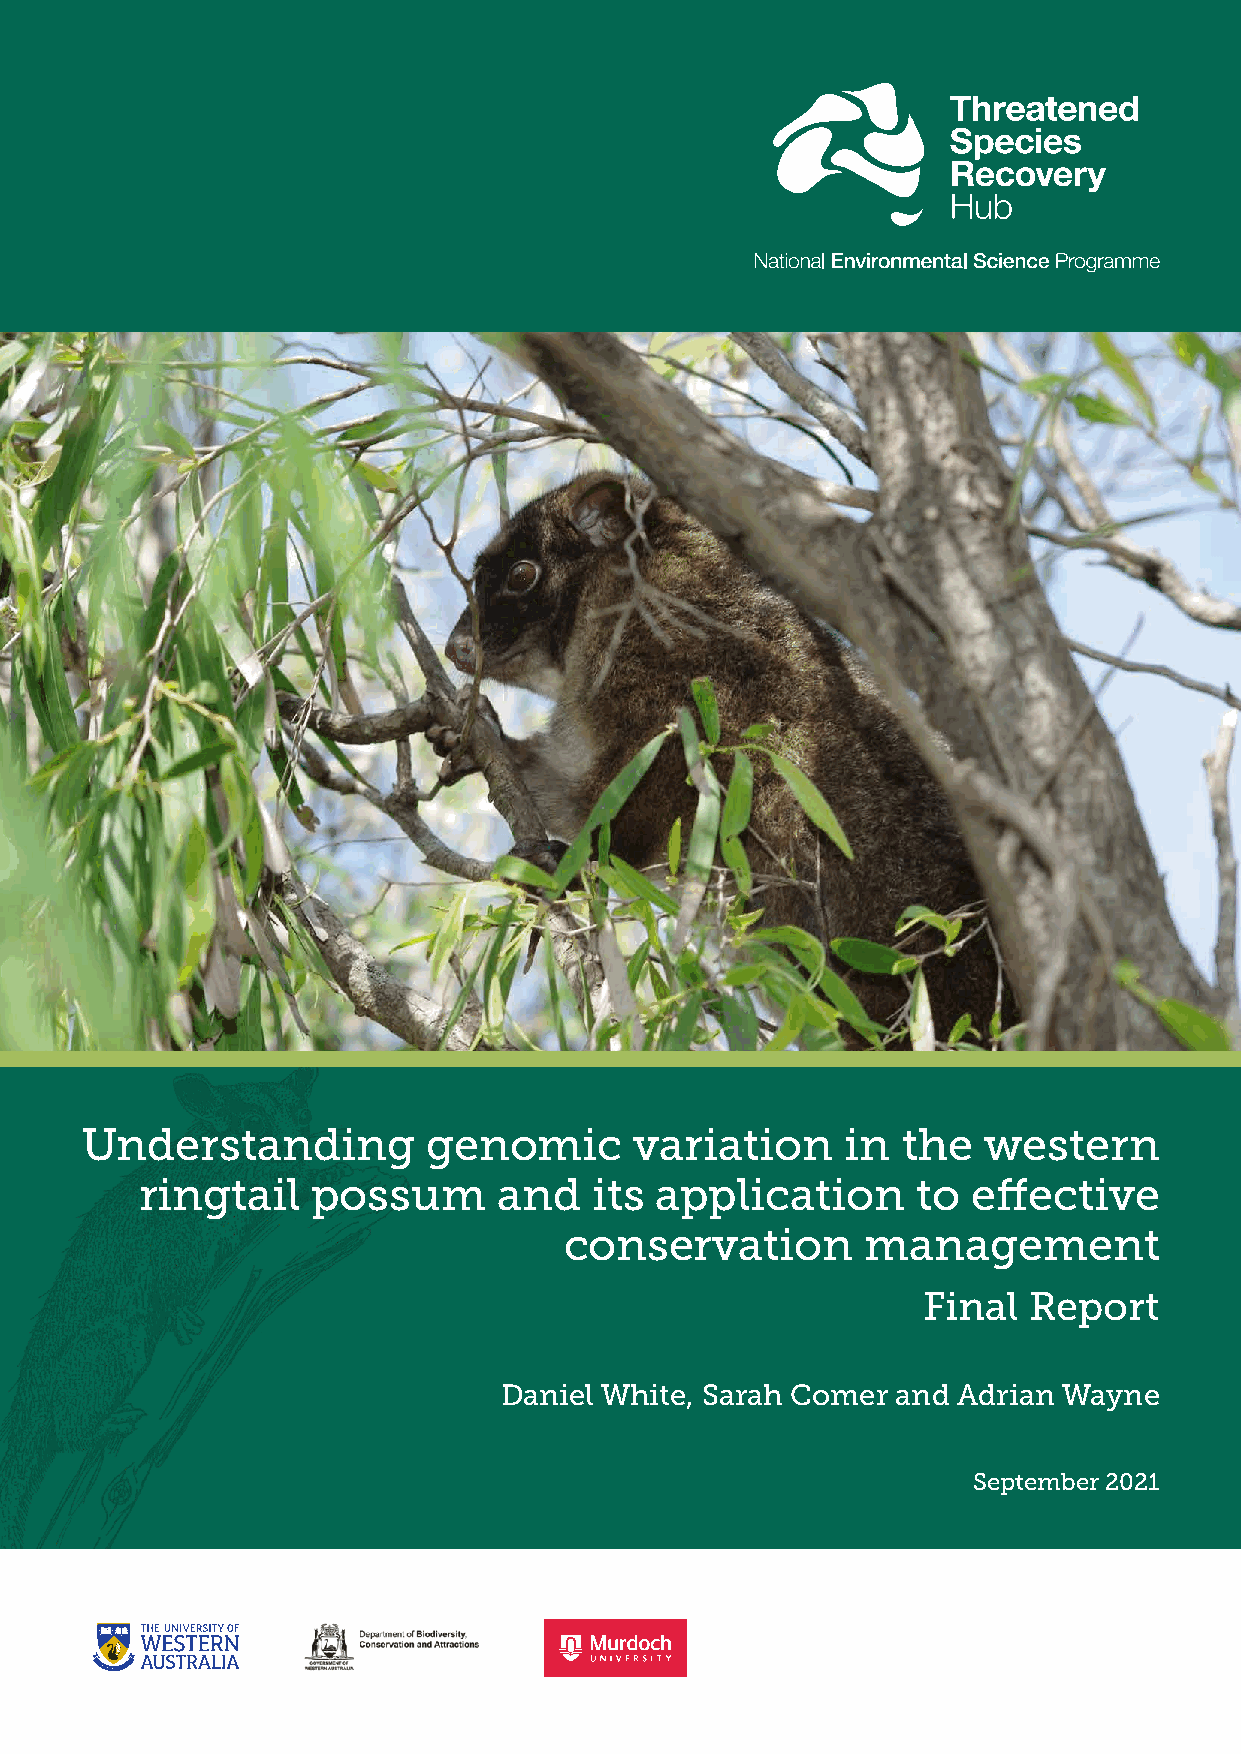
Understanding          genomic       variation     in  the  western
 ringtail    possum      and   its application       to effective
 conservation        management
 Final  Report
 Daniel White, Sarah Comer and Adrian Wayne
 September 2021